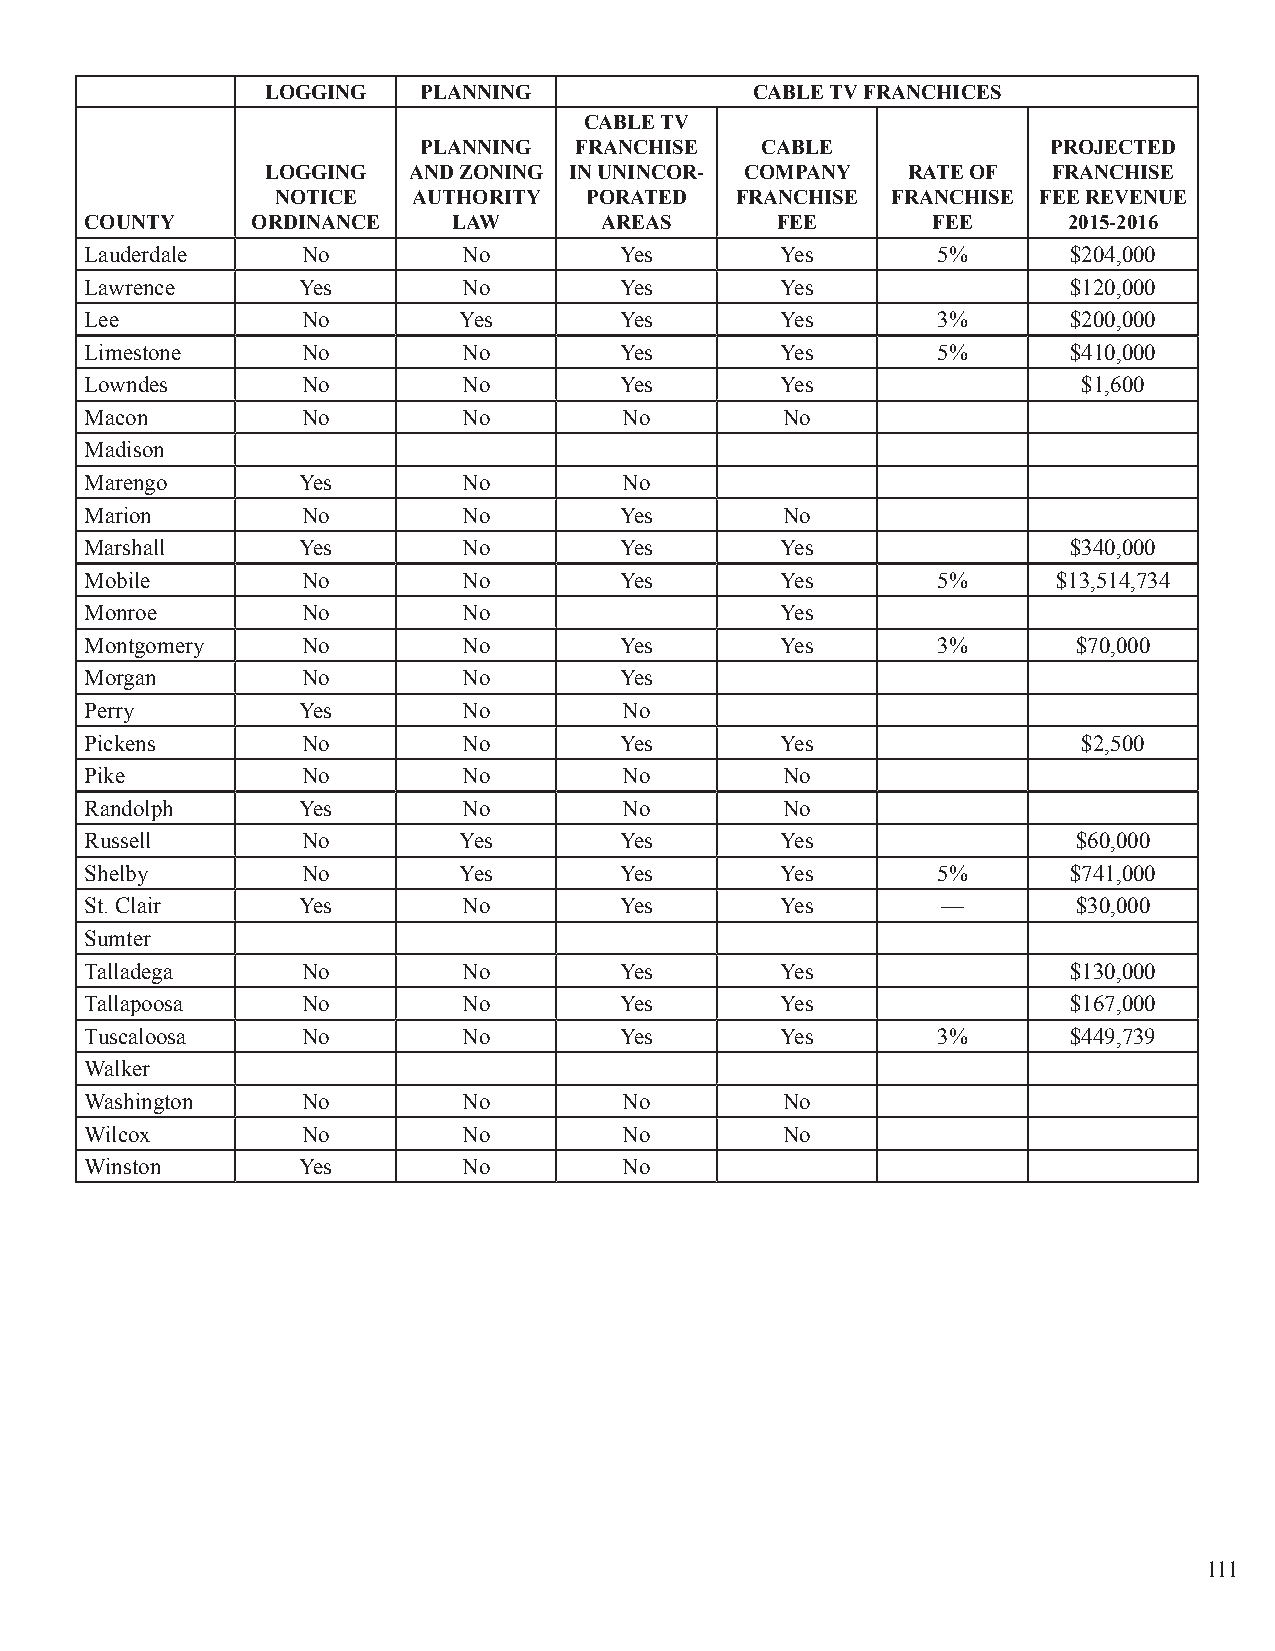
LOGGING   PLANNING              CABLE TV FRANCHICES
 CABLE TV
 PLANNING  FRANCHISE   CABLE               PROJECTED
 LOGGING  AND ZONING IN UNINCOR- COMPANY   RATE OF   FRANCHISE
 NOTICE   AUTHORITY   PORATED   FRANCHISE FRANCHISE FEE REVENUE
 COUNTY     ORDINANCE    LAW       AREAS      FEE        FEE      2015-2016
 Lauderdale    No         No        Yes        Yes       5%       $204,000
 Lawrence      Yes        No        Yes        Yes                $120,000
 Lee           No        Yes        Yes        Yes       3%       $200,000
 Limestone     No         No        Yes        Yes       5%       $410,000
 Lowndes       No         No        Yes        Yes                 $1,600
 Macon         No         No        No         No
 Madison
 Marengo       Yes        No        No
 Marion        No         No        Yes        No
 Marshall      Yes        No        Yes        Yes                $340,000
 Mobile        No         No        Yes        Yes       5%      $13,514,734
 Monroe        No         No                   Yes
 Montgomery    No         No        Yes        Yes       3%       $70,000
 Morgan        No         No        Yes
 Perry         Yes        No        No
 Pickens       No         No        Yes        Yes                 $2,500
 Pike          No         No        No         No
 Randolph      Yes        No        No         No
 Russell       No        Yes        Yes        Yes                $60,000
 Shelby        No        Yes        Yes        Yes       5%       $741,000
 St. Clair     Yes        No        Yes        Yes       —        $30,000
 Sumter
 Talladega     No         No        Yes        Yes                $130,000
 Tallapoosa    No         No        Yes        Yes                $167,000
 Tuscaloosa    No         No        Yes        Yes       3%       $449,739
 Walker
 Washington    No         No        No         No
 Wilcox        No         No        No         No
 Winston       Yes        No        No
 111